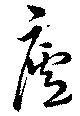
廬